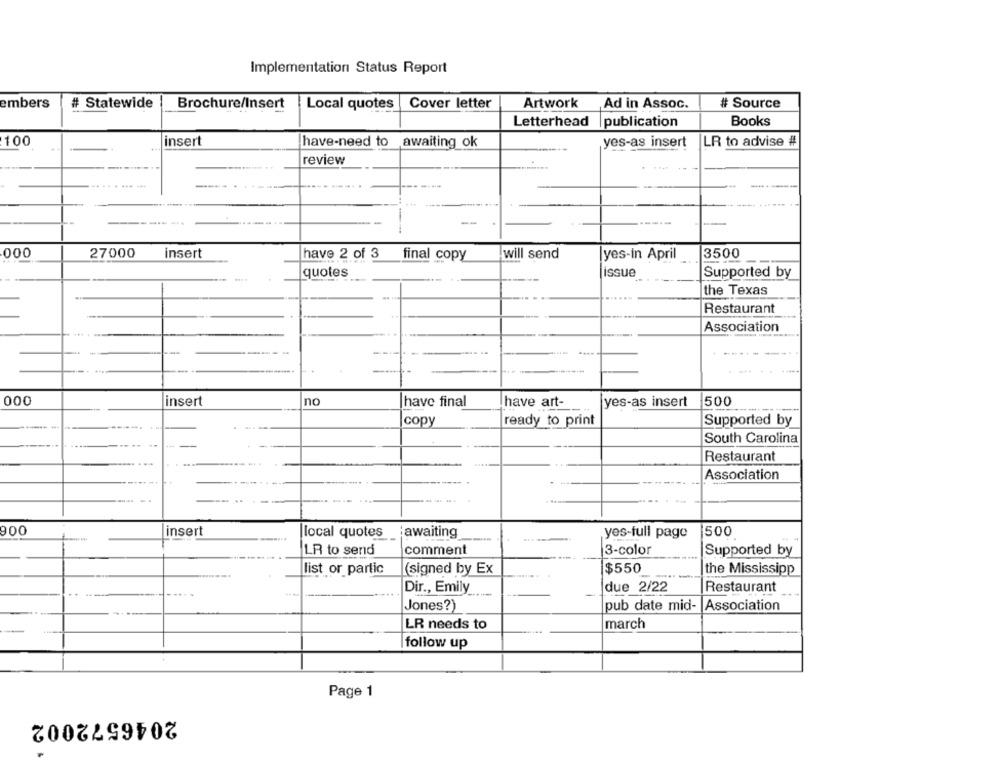
Implementation Status Report
embers
# Statewide
Brochure/Insert
Local quotes
Cover letter
Artwork
Ad in Assoc.
# Source
Letterhead
publication
Books
100
insert
have-need to
awaiting ok
yes-as insert
JLR to advise #
review
....
000
27000
insert
have 2 of 3
final copy
will send
yes-in April
3500
quotes
issue
Supported by
the Texas
Restaurant
Association
000
insert
no
have final
have art-
yes-as insert
500
copy
ready to print
Supported by
South Carolina
Restaurant
.
Association
900
insert
local quotes
:awaiting
yes-full page
500
LR to send
comment
3-color
Supported by
list or partic
(signed by Ex
$550
the Mississipp
--.
due 2/22
Dir ., Emily
Restaurant
Jones?)
pub date mid-
Association
LR needs to
march
follow up
Page 1
2046572002